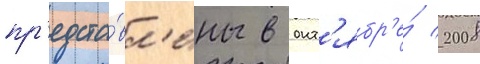
пр'едста́вл'ены в окт'ябр'е́ 2008